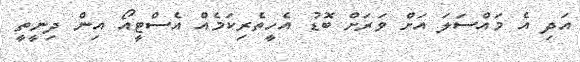
އަދި އެ މައްސަލަ އަށް ވަރަށް ބޮޑު އެހީތެރިކަމެއް އެސްޓީއޯ އިން ދިނީތީ